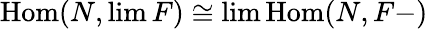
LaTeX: \operatorname{Hom}(N,\operatorname*{lim}F)\cong\operatorname*{lim}\operatorname{Hom}(N,F-)